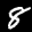
Label: 8